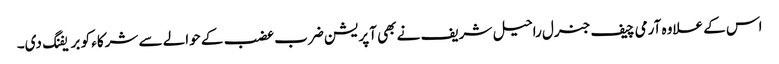
اس کے علاوہ آرمی چیف جنرل راحیل شریف نے بھی آپریشن ضرب عضب کے حوالے سے شرکاء کو بریفنگ دی۔